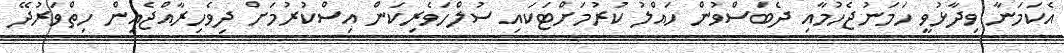
އެކަމަނާ ވިދާޅުވީ ހަމަނުޖެހުމާއި ދެބަސްވުން ހައްލު ކުރުމަށްޓަކައި ސުލްހަވެރިކަން އިސްކުރުމަށް ދިވެހިރާއްޖެއިން ހިތްވަރުދޭ